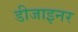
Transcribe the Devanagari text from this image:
डीजाइनर